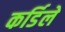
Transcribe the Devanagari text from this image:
कर्डिले